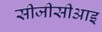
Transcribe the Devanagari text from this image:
सीजीसीआइ